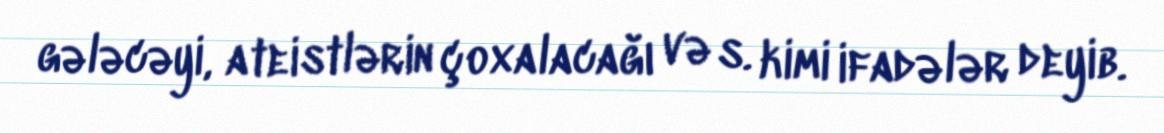
gələcəyi, ateistlərin çoxalacağı və s. kimi ifadələr deyib.